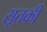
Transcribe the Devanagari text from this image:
सूतकी